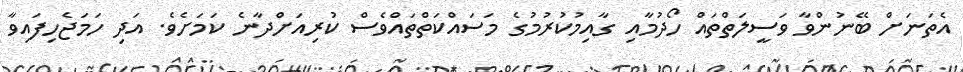
އެތަނަށް ބޭނުންވާ ވަސީލަތްތައް ހޯދުމާއި ގާއިމުކުރުމުގެ މަސައްކަތްތައްވެސް ކުރިއަށްދާނެ ކަމަށެވެ. އަދި ހަމަޖެހިފައިވާ